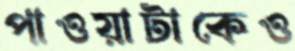
পাওয়াটাকেও